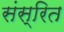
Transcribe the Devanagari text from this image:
संस्रित